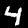
Label: 4